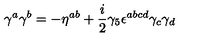
\gamma ^ { a } \gamma ^ { b } = - \eta ^ { a b } + { \frac { i } { 2 } } \gamma _ { 5 } \epsilon ^ { a b c d } \gamma _ { c } \gamma _ { d }